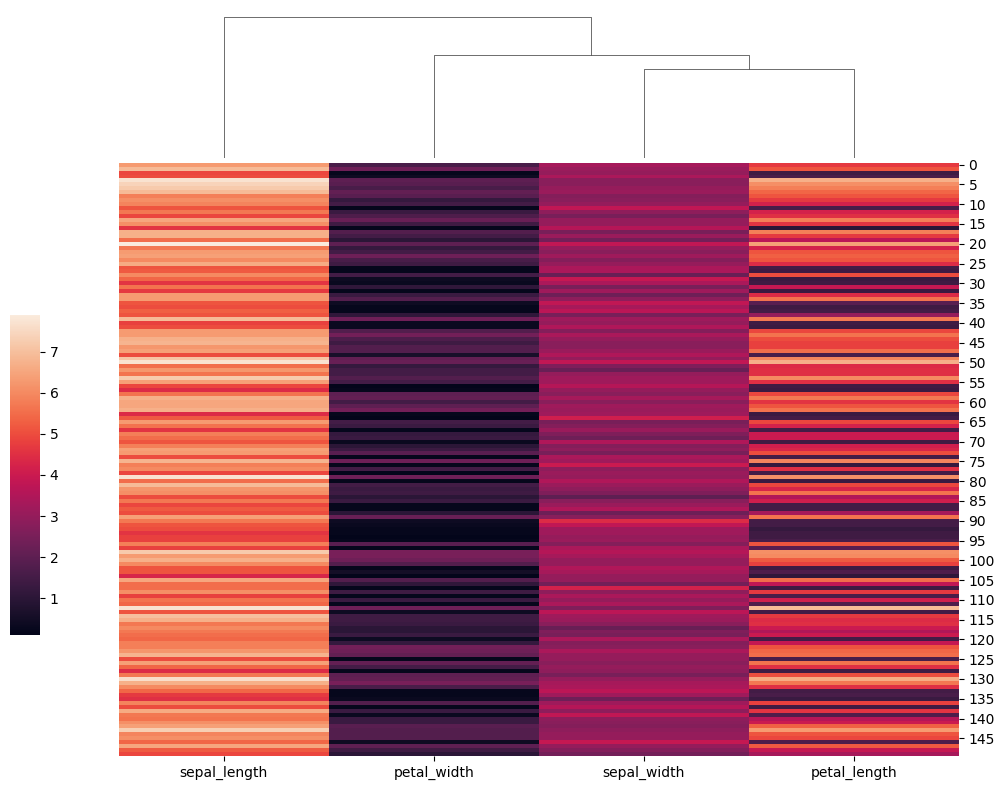
python, seaborn, clustermap, figsize=(10, 8), row_cluster=False, dendrogram_ratio=(0.1, 0.2), cbar_pos=(0, 0.2, 0.03, 0.4)